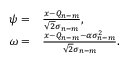
\begin{array} { r l } { \psi = } & { { } \frac { x - Q _ { n - m } } { \sqrt { 2 } \sigma _ { n - m } } , } \\ { \omega = } & { { } \frac { x - Q _ { n - m } - \alpha \sigma _ { n - m } ^ { 2 } } { \sqrt { 2 } \sigma _ { n - m } } . } \end{array}